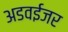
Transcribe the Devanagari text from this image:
अडवईजर